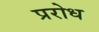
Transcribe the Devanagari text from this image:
प्ररोध